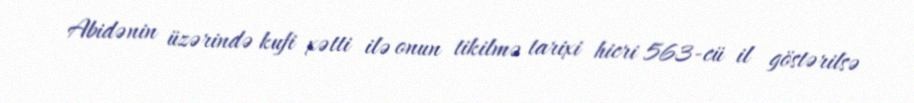
Abidənin üzərində kufi xətti ilə onun tikilmə tarixi hicri 563-cü il göstərilsə